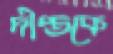
দীপ্তকে